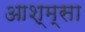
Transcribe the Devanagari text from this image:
आश्म्सा